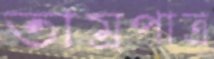
তাম্রপাত্র